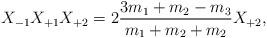
LaTeX: \begin{align*}X_{-1} X_{+1} X_{+2} = 2 \frac{3 m_1 + m_2 - m_3}{m_1 + m_2 + m_2}X_{+2},\end{align*}